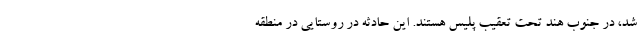
شد، در جنوب هند تحت تعقیب پلیس هستند. این حادثه در روستایی در منطقه